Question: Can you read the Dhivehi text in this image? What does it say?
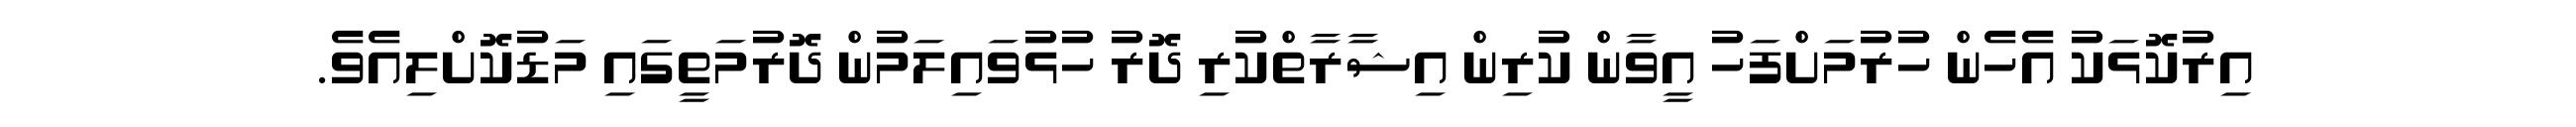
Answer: އިރުކޮޅަކު އެހެން ހުރުމަށްފަހު އީވާން ކުރިން އިޝާރާތްކުރި ދޮރު ހުޅުވައިލަމުން ދޮރުމަތީގައި މަޑުކޮށްލިއެވެ.